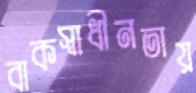
বাকস্বাধীনতায়